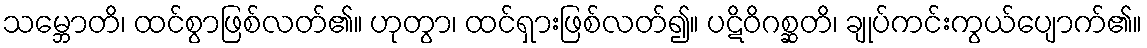
သမ္ဘောတိ၊ ထင်စွာဖြစ်လတ်၏။ ဟုတွာ၊ ထင်ရှားဖြစ်လတ်၍။ ပဋိဝိဂစ္ဆတိ၊ ချုပ်ကင်းကွယ်ပျောက်၏။